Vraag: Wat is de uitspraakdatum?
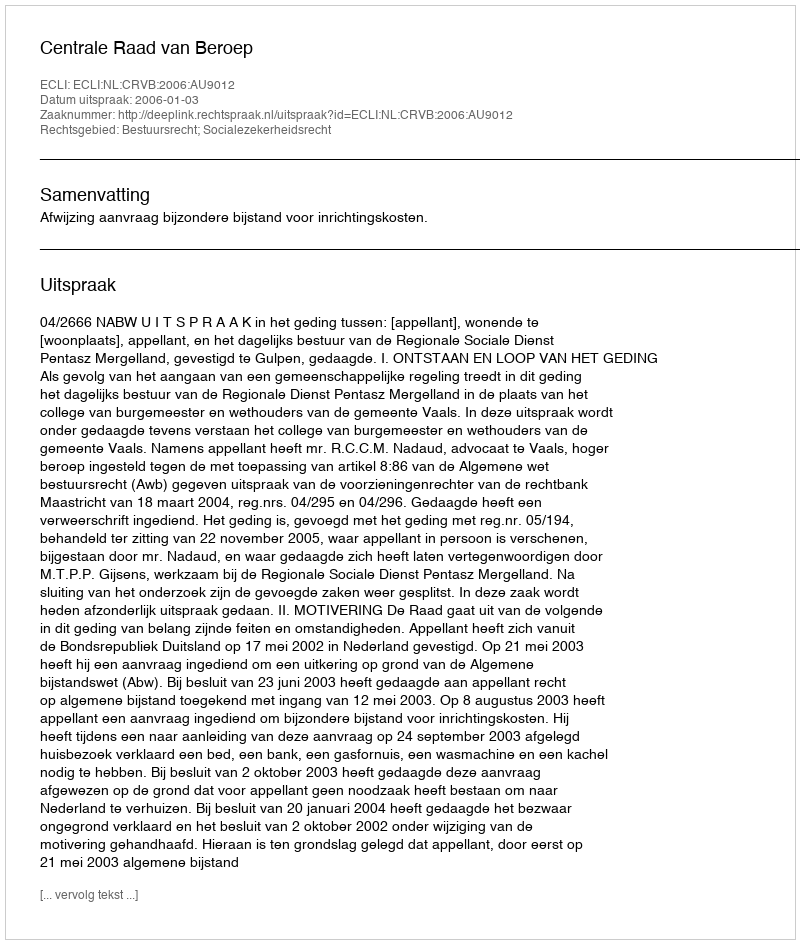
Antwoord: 2006-01-03